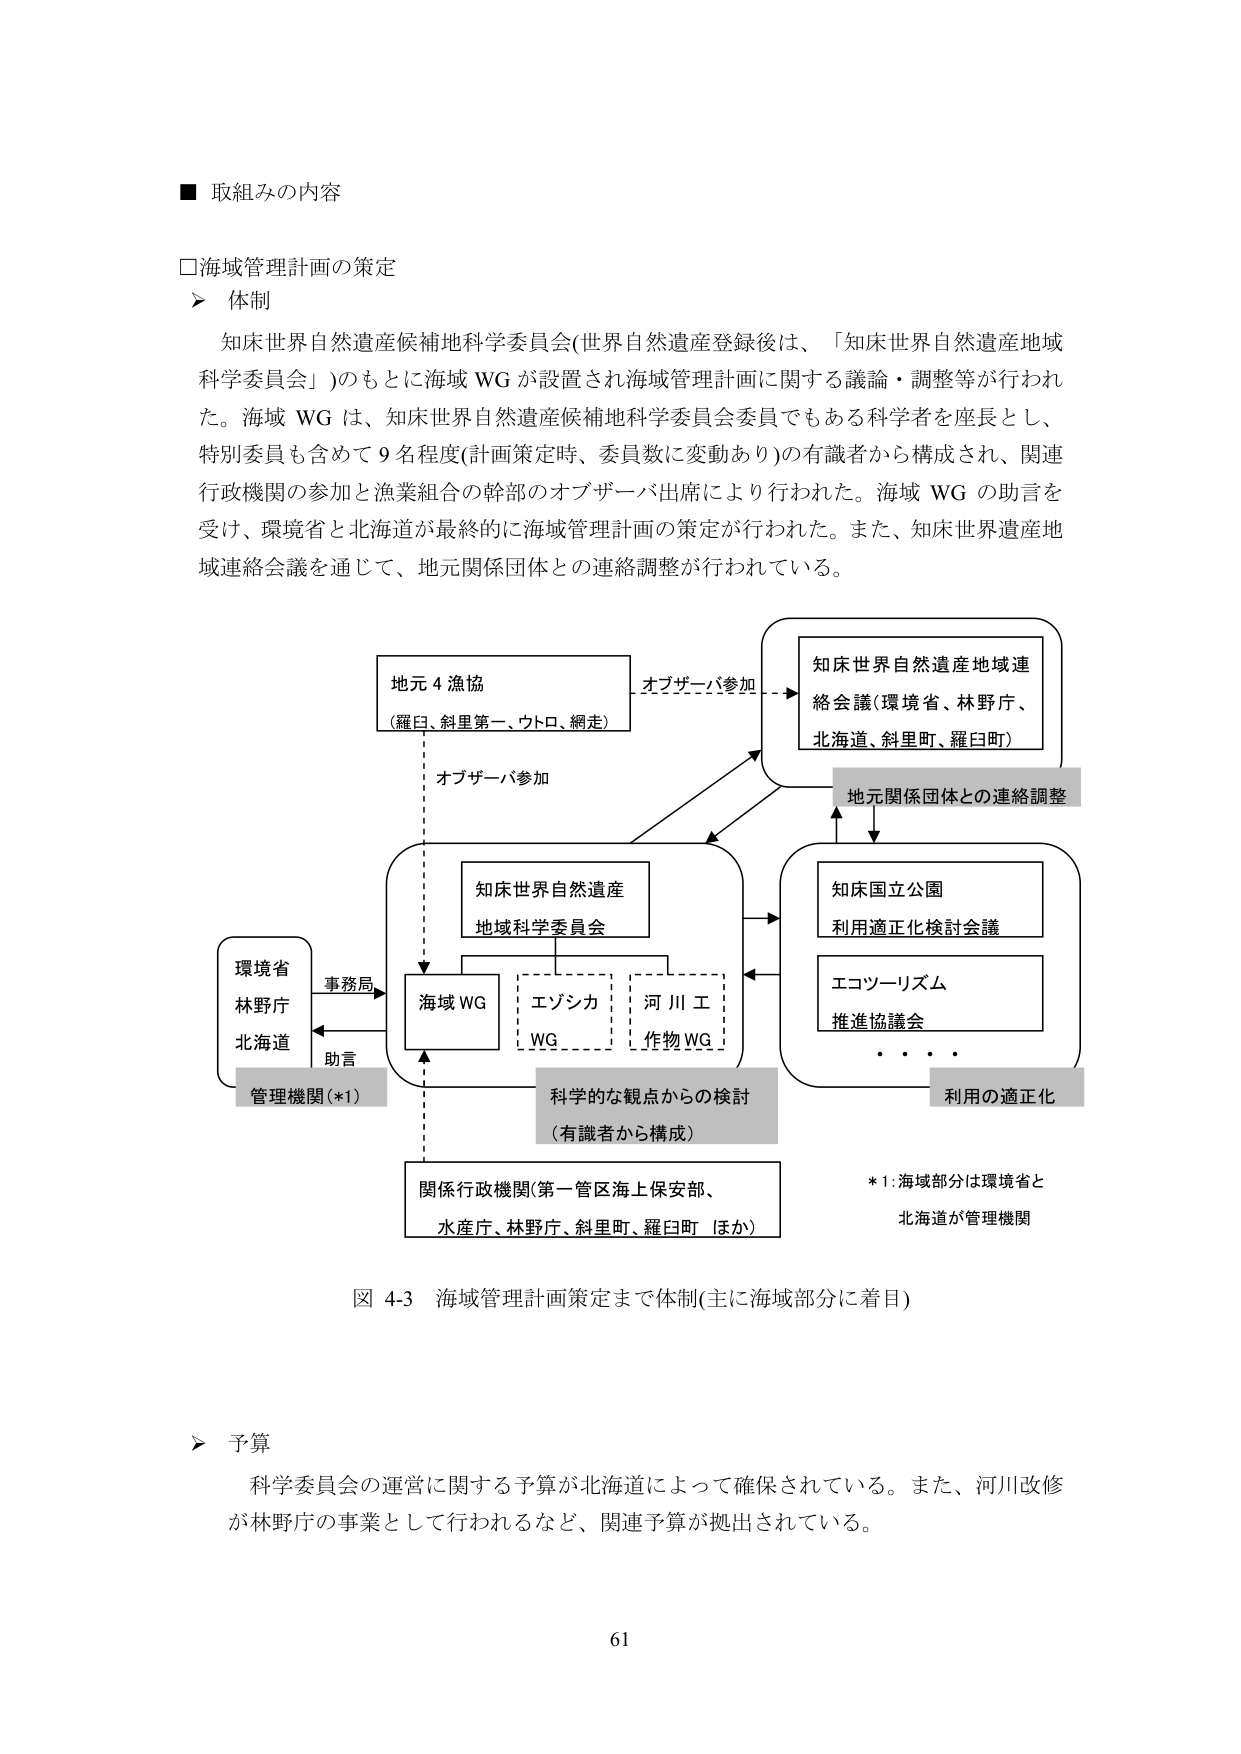
■ 取組みの内容

□海域管理計画の策定
＞ 体制
　知床世界自然遺産候補地科学委員会(世界自然遺産登録後は、「知床世界自然遺産地域科学委員会」)のもとに海域WGが設置され海域管理計画に関する議論・調整等が行われた。海域WGは、知床世界自然遺産候補地科学委員会委員でもある科学者を座長とし、特別委員も含めて9名程度(計画策定時、委員数に変動あり)の有識者から構成され、関連行政機関の参加と漁業組合の幹部のオブザーバ出席により行われた。海域WGの助言を受け、環境省と北海道が最終的に海域管理計画の策定が行われた。また、知床世界遺産地域連絡会議を通じて、地元関係団体との連絡調整が行われている。

地元4漁協
(羅臼、斜里第一、ウトロ、網走)
　　　　　　　　　　　　　　　　　　オブザーバ参加